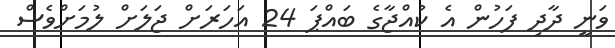
ވަނީ ދާދި ފަހުން އެ ކުއްޖާގެ ބައްޕަ 24 އަހަރަށް ޖަލަށް ލުމަށްވެސް